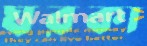
ঘরকা